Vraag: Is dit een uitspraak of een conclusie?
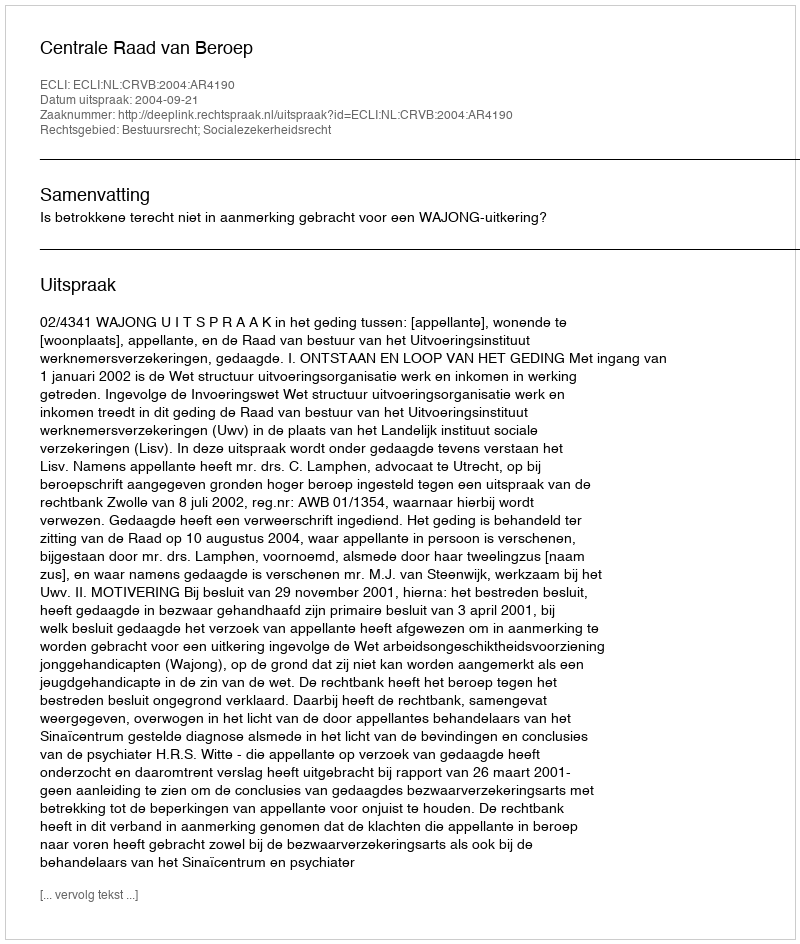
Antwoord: Uitspraak